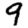
Digit: 9